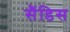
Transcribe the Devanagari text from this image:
सैंडिस